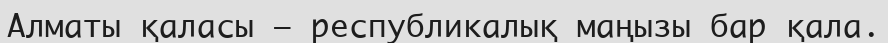
Алматы қаласы — республикалық маңызы бар қала.